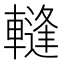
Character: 䡫